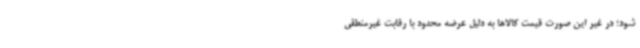
شود؛ در غیر این صورت قیمت کالاها به دلیل عرضه محدود با رقابت غیرمنطقی